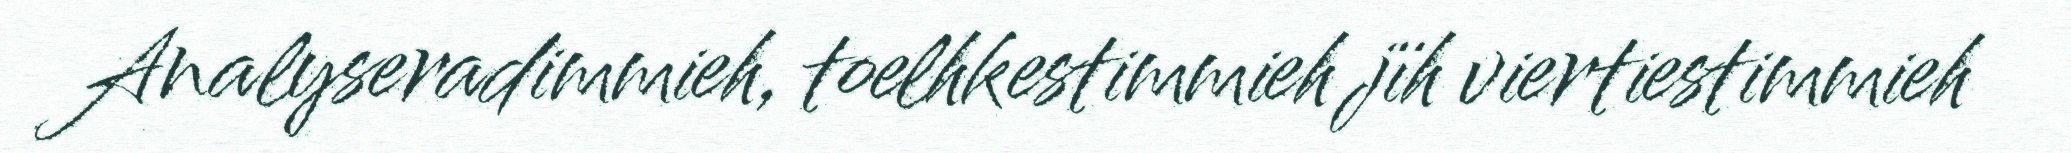
Analyseradimmieh, toelhkestimmieh jïh viertiestimmieh